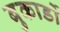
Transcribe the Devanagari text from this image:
बुकार्डो